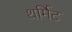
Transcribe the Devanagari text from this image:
थर्मिट